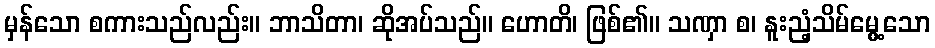
မှန်သော စကားသည်လည်း။ ဘာသိတာ၊ ဆိုအပ်သည်။ ဟောတိ၊ ဖြစ်၏။ သဏှာ စ၊ နူးညံ့သိမ်မွေ့သော